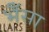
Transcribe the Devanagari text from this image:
भैँसा